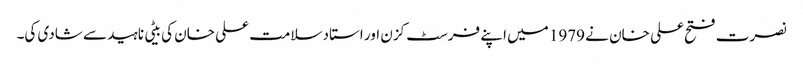
نصرت فتح علی خان نے 1979 میں اپنے فرسٹ کزن اور استاد سلامت علی خان کی بیٹی ناہید سے شادی کی۔